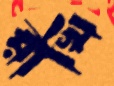
রাখি